Madras plague regulations and rules - Volume 2
Disease focus: Plague
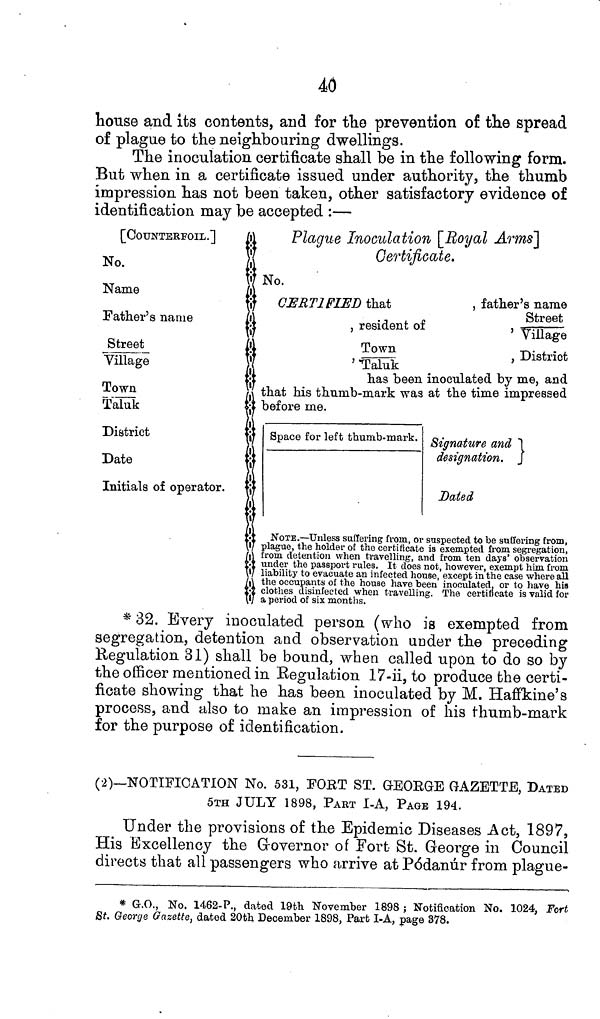
40
house and its contents, and for the prevention of the spread
of plague to the neighbouring dwellings.
The inoculation certificate shall be in the following form.
But when in a certificate issued under authority, the thumb
impression has not been taken, other satisfactory evidence of
identification may be accepted :—
[COUNTERFOIL.]
Plague Inoculation [Royal Arms]
Certificate.
No.
Name
CERTIFIED that
, father's name
Father's name
, resident of
Street
7
Village
Street
Town
, District
Village
' Taluk
•
has been inoculated by me, and
Town
that his thumb-mark was at the time impressed
Taluk
before me.
District
Space for left thumb-mark.
Signature and
Date
designation,
Initials of operator.
Dated
NOTE.—Unless suffering from, or suspected to be suffering from,
plague, the holder of the certificate is exempted from segregation,
from detention when travelling, and from ten days' observation
under the passport rules. It does not, however, exempt him from
liability to evacuate an infected house, except in the case where all
the occupants of the house have been inoculated, or to have his
clothes
disinfected when travelling. The certificate is valid for
a period of six months.
32. Every inoculated person (who is exempted from
segregation, detention and observation under the preceding
Regulation 31) shall be bound, when called upon to do so by
the officer mentioned in Regulation 17-ii, to produce the certi-
ficate showing that he has been inoculated by M. Haffkine's
process, and also to make an impression of his thumb-mark
for the purpose of identification.
(2)—NOTIFICATION No. 531, FORT ST. GEORGE GAZETTE, DATED
5TH JULY 1898, PART I-A, PAGE 194.
Under the provisions of the Epidemic Diseases Act, 1897,
His Excellency the Governor of Fort St. George in Council
directs that all passengers who arrive at Pódanúr from plague-
* G.O., No. 1462-P., dated 19th November 1898 ; Notification No. 1024, Fort
St. George Gazette, dated 20th December 1898, Part I-A, page 378.